Vaccination in the Punjab 1897-1904 - 1897-1904
Year: 1897
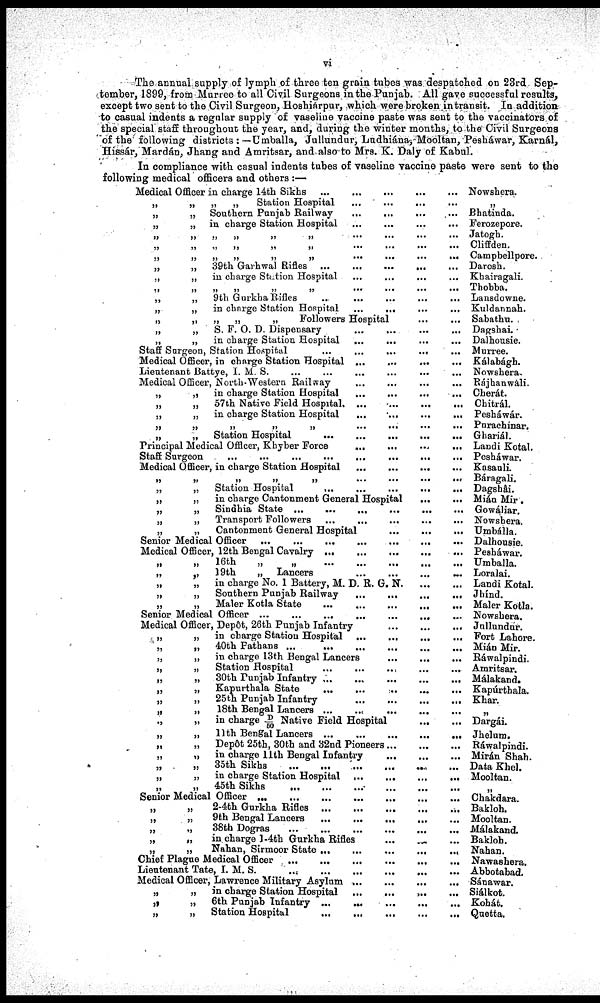
vi
The annual supply of lymph of three ten grain tubes was despatched on 23rd Sep-
tember, 1899, from Murree to all Civil Surgeons in the Punjab. All gave successful results,
except two sent to the Civil Surgeon, Hoshiárpur, which were broken in transit. In addition
to casual indents a regular supply of vaseline vaccine paste was sent to the vaccinators of
the special staff throughout the year, and, during the winter months, to the Civil Surgeons
of the following districts : — Umballa, Jullundur, Ludhiána, Mooltan, Pesháwar, Karnál,
Hissár, Mardán, Jhang and Amritsar, and also to Mrs. K. Daly of Kabul.
In compliance with casual indents tubes of vaseline vaccine paste were sent to the
following medical officers and others :—
Medical Officer in charge 14th Sikhs ... ... ... ...
„
„
„
„
Station Hospital
...
...
...
...
„
„
Southern Punjab Railway
...
...
...
...
„
„ in charge Station Hospital
...
...
...
...
„
„
„
„
„
„
„
...
...
...
...
„
„
„
„
„
„ ... ... ... ...
„
„
„
„
„
...
...
...
...
„
„
39th Garhwal Rifles ... ... ... ... ...
„
„
in charge Station Hospital ... ... ... ...
„
„
„
„
„
...
...
...
...
„
„
9th Gurkha Rifles
...
...
...
...
...
„
„
in charge Station Hospital ... ... ... ...
„
„
„
„
„
Followers Hospital ... ... ... ...
„
„
S. F. O. D. Dispensary ... ... ... ...
„
„
in charge Station Hospital
...
...
...
...
Staff Surgeon, Station Hospital
...
...
...
... ...
Medical Officer, in charge Station Hospital ... ...
Lieutenant Battye, I. M. S. ... ... ... ...
Medical Officer, North-Western Railway
... ... ... ...
„
„
in charge Station Hospital ... ... ... ...
„
„
57th Native Field Hospital
...
...
...
...
„
„
in charge Station Hospital
...
...
...
...
„
„
„
„
„
...
...
...
...
„
„
Station Hospital
...
...
...
...
...
Principal Medical Officer, Khyber Force
...
...
...
...
Staff Surgeon ... ... ... ... ... ... ... ...
Medical Officer, in charge Station Hospital
...
...
...
...
„
„
„
„
„
...
...
...
...
„
„
Station Hospital ... ... ... ... ...
„
„
in charge Cantonment General Hospital
...
...
„
„
Sindhia State ...
...
... ... ... ...
„
„
Transport Followers
...
... ... ... ...
„
„
Cantonment General Hospital
...
...
...
Senior Medical Officer
...
...
...
...
...
...
...
Medical Officer, 12th Bengal Cavalry
...
...
...
...
...
„
„
16th
„
„
...
...
...
...
...
„
„
19th
„
Lancers
...
...
...
...
„
„
in charge No. 1 Battery, M. D. R. G.
N.
...
...
„
„
Southern Punjab Railway
...
...
...
...
„
„
Maler Kotla State
...
...
...
...
...
Senior Medical Officer ... ... ... ... ... ... ...
Medical Officer, Depôt, 26th Punjab Infantry
...
...
...
„
„
in charge Station Hospital
...
...
...
...
„
40th Fathans
...
...
...
...
...
...
„
„
in charge 13th Bengal Lancers
...
...
...
„
„
Station Hospital
...
...
...
...
...
„
„
30th Punjab Infantry
...
...
...
...
...
„
„
Kapurthala State
...
...
...
...
...
„
„
25th Punjab Infantry
...
...
...
...
„
„
18th Bengal Lancers
...
...
...
...
...
„
„
in charge D/50 Native Field Hospital
...
...
„
„
11th Bengal Lancers
...
...
...
...
...
„
„
Depôt 25th, 30th and 32nd Pioneers
...
...
...
„
„
in charge 11th Bengal Infantry
...
...
...
„
„
35th Sikhs
...
...
...
...
...
...
„
„
in charge Station Hospital
...
...
...
...
„
„
45th Sikhs ... ... ... ... ... ...
Senior Medical Officer
...
...
...
...
...
...
...
„
„
2-4th Gurkha Rifles
...
...
...
...
...
„
„
9th Bengal Lancers
...
...
...
...
...
„
.,
38th Dogras
...
...
...
...
...
...
„
„
in charge 1-4th Gurkha Rifles
... ... ...
„
„
Nahan, Sirmoor State ... ... ... ... ...
Chief Plague Medical Officer ... ... ... ...
Lieutenant Tate, I. M. S.
...
...
...
...
...
...
Medical Officer, Lawrence Military Asylum
...
...
...
...
„
„
in charge Station Hospital ... ... ... ...
„
„
6th Punjab Infantry ...
...
...
...
...
„
„
Station Hospital
...
...
...
...
...
Nowshera.
„
Bhatinda.
Ferozepore.
Jatogh.
Cliffden.
Campbellpore.
Darosh.
Khairagali.
Thobba.
Lansdowne.
Kuldannah.
Sabathu.
Dagshai
Dalhousie.
Murree.
Kálabágb.
Nowshera.
Rájhanwáli.
Cherát.
Chitrál.
Pesháwár.
Purachinar.
Ghariál.
Landi Kotal.
Pesháwar.
Kanaauli.
Báragali.
Dagshâi.
Mián Mir.
Gowáliar.
Nowshera.
Umbálla.
Dalhousie.
Pesháwar.
Umballa.
Loralai.
Landi Kotal.
Jhínd.
Maler Kotla.
Nowshera.
Jnllundur.
Fort Lahore.
Mián Mir.
Ráwalpindi.
Amritsar.
Málakand.
Kapúrthala.
Khar.
„
Dargái.
Jhelum.
Ráwalpindi.
Mirán Shah.
Data Khel.
Mooltan.
„
Chakdara.
Bakloh.
Mooltan.
Málakand.
Bakloh.
Nahan.
Nawashera.
Abbotabad.
Sánawar.
Siálkot.
Kohát.
Quetta.